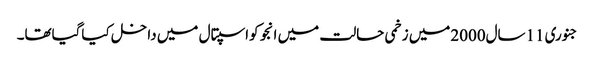
جنوری 11سال2000میں زخمی حالت میں انجو کواسپتال میں داخل کیاگیاتھا۔